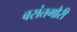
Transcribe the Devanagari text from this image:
बसंतगौरी